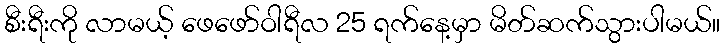
စီးရီးကို လာမယ့် ဖေဖော်ဝါရီလ 25 ရက်နေ့မှာ မိတ်ဆက်သွားပါမယ်။